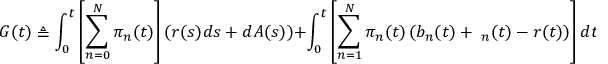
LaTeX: G ( t ) \triangleq \int _ { 0 } ^ { t } \left[ \sum _ { n = 0 } ^ { N } \pi _ { n } ( t ) \right] \left( r ( s ) d s + d A ( s ) \right) + \int _ { 0 } ^ { t } \left[ \sum _ { n = 1 } ^ { N } \pi _ { n } ( t ) \left( b _ { n } ( t ) + \mathbf { \delta } _ { n } ( t ) - r ( t ) \right) \right] d t + \int _ { 0 } ^ { t } \sum _ { d = 1 } ^ { D } \sum _ { n = 1 } ^ { N } \mathbf { \sigma } _ { n , d } ( t ) \pi _ { n } ( t ) d W _ { d } ( s ) \quad 0 \leq t \leq T